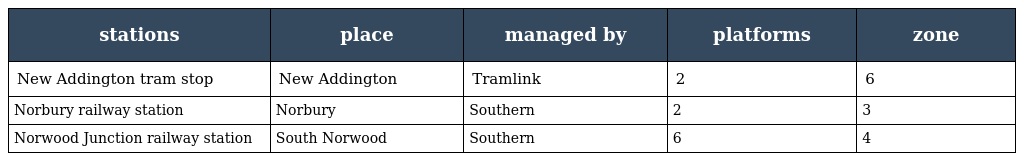
| stations | place | managed by | platforms | zone |
 | --- | --- | --- | --- | --- |
 | New Addington tram stop | New Addington | Tramlink | 2 | 6 |
 | Norbury railway station | Norbury | Southern | 2 | 3 |
 | Norwood Junction railway station | South Norwood | Southern | 6 | 4 |